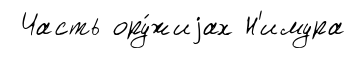
Часть ору́жиjах Н'имура